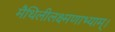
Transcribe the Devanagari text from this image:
मैथिलीलक्ष्मणाभ्याम्।